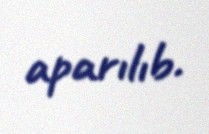
aparılıb.